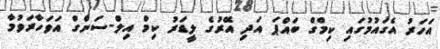
އަހަރު އެގައުމުގައި ކިމްގް ބައްޕަ އަދި އޭރުގެ ލީޑަރު ކިމް އިލް-ސަންގް އަވަހާރަވުމާ